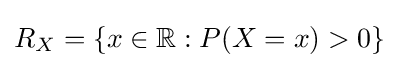
R_{X}=\{x\in \mathbb {R} :P(X=x)>0\}